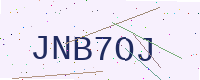
Text: JNB7OJ